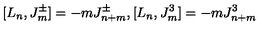
[ L _ { n } , J _ { m } ^ { \pm } ] = - m J _ { n + m } ^ { \pm } , [ L _ { n } , J _ { m } ^ { 3 } ] = - m J _ { n + m } ^ { 3 }